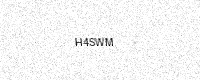
Text: H4SWM